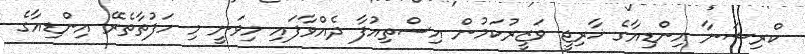
ކްރިޝަނާ އިންޑިއާގެ ޚާރިޖީ ވަޒީރުކަމުން އިސްތިއުފާ ދެއްވާފައި މިވަނީ މި ހަފުތާތެރޭ އިންޑިއާގެ